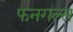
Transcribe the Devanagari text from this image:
फनगल्स